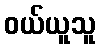
ဝယ်ယူသူ